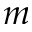
m